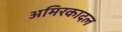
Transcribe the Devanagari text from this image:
अमिरकादल